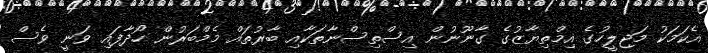
އެކަމަކު މަޖިލީހުގެ އިމްތިޔާޒުގެ ގާނޫނުން އިސްތިސްނާތަކާއި ބާރުތައް މެމްބަރުން ހޯދާފައި ވަނީ ވެސް